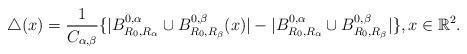
LaTeX: \begin{align*}\triangle (x)=\frac{1}{C_{\alpha,\beta}}\{|B_{R_0, R_{\alpha}}^{0,\alpha} \cup B_{R_0, R_{\beta}}^{0,\beta}(x)|-|B_{R_0, R_{\alpha}}^{0,\alpha} \cup B_{R_0, R_{\beta}}^{0,\beta}|\},x\in {\Bbb R^2}.\end{align*}